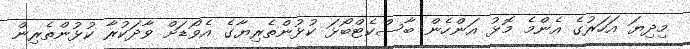
މިދިޔަ އަހަރުގެ އެންމެ މޮޅު އަންހެން ބާސްކެޓްބޯޅަ ކުޅުންތެރިޔާގެ އެވޯޑަށް ވާދަކުރާ ކުޅުންތެރިން